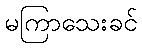
မကြာသေးခင်